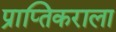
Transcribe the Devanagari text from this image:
प्राप्‍तिकराला